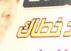
غطاك